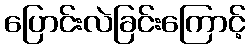
ပြောင်းလဲခြင်းကြောင့်